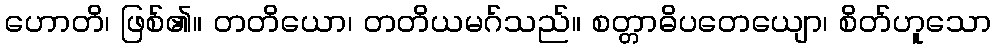
ဟောတိ၊ ဖြစ်၏။ တတိယော၊ တတိယမဂ်သည်။ စတ္တာဓိပတေယျော၊ စိတ်ဟူသော